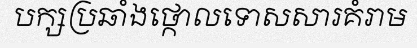
បក្សប្រឆាំងថ្កោលទោសសារគំរាម